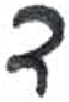
אות: ד